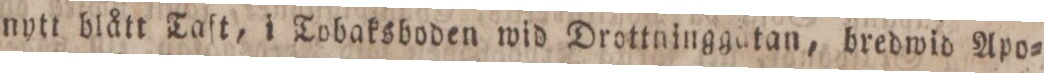
nytt blått Taft, i Tobaksboden wid Drottninggatan, bredwid Apo=